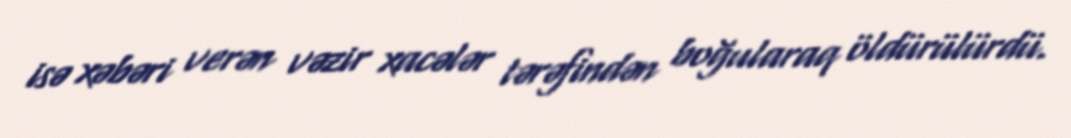
isə xəbəri verən vəzir xacələr tərəfindən boğularaq öldürülürdü.